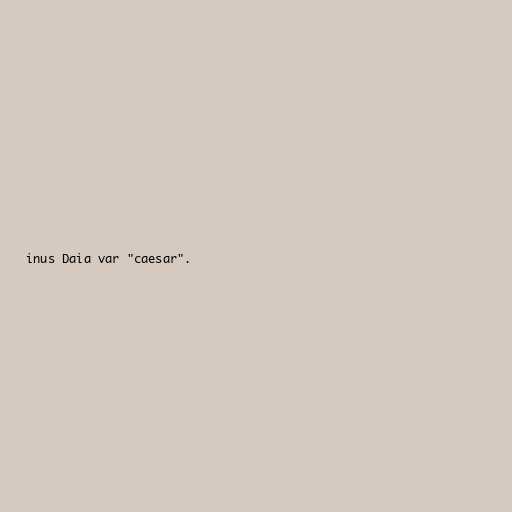
inus Daia var "caesar".